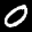
Label: 0